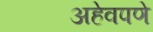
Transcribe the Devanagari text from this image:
अहेवपणे